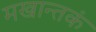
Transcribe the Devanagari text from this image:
मखान्तकं